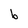
Character: b